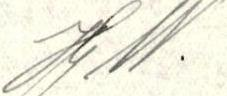
Hj W.